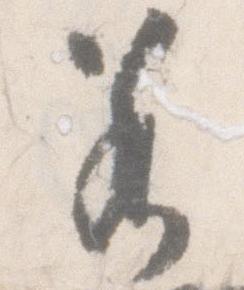
若